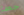
خطأ